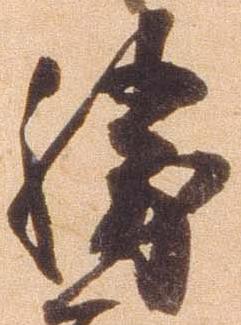
勝